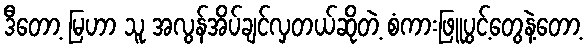
ဒီတော့ မြဟာ သူ အလွန်အိပ်ချင်လှတယ်ဆိုတဲ့ စံကားဖြူပွင့်တွေနဲ့တော့